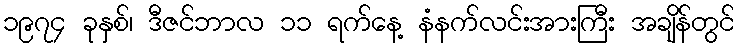
၁၉၇၄ ခုနှစ်၊ ဒီဇင်ဘာလ ၁၁ ရက်နေ့ နံနက်လင်းအားကြီး အချိန်တွင်